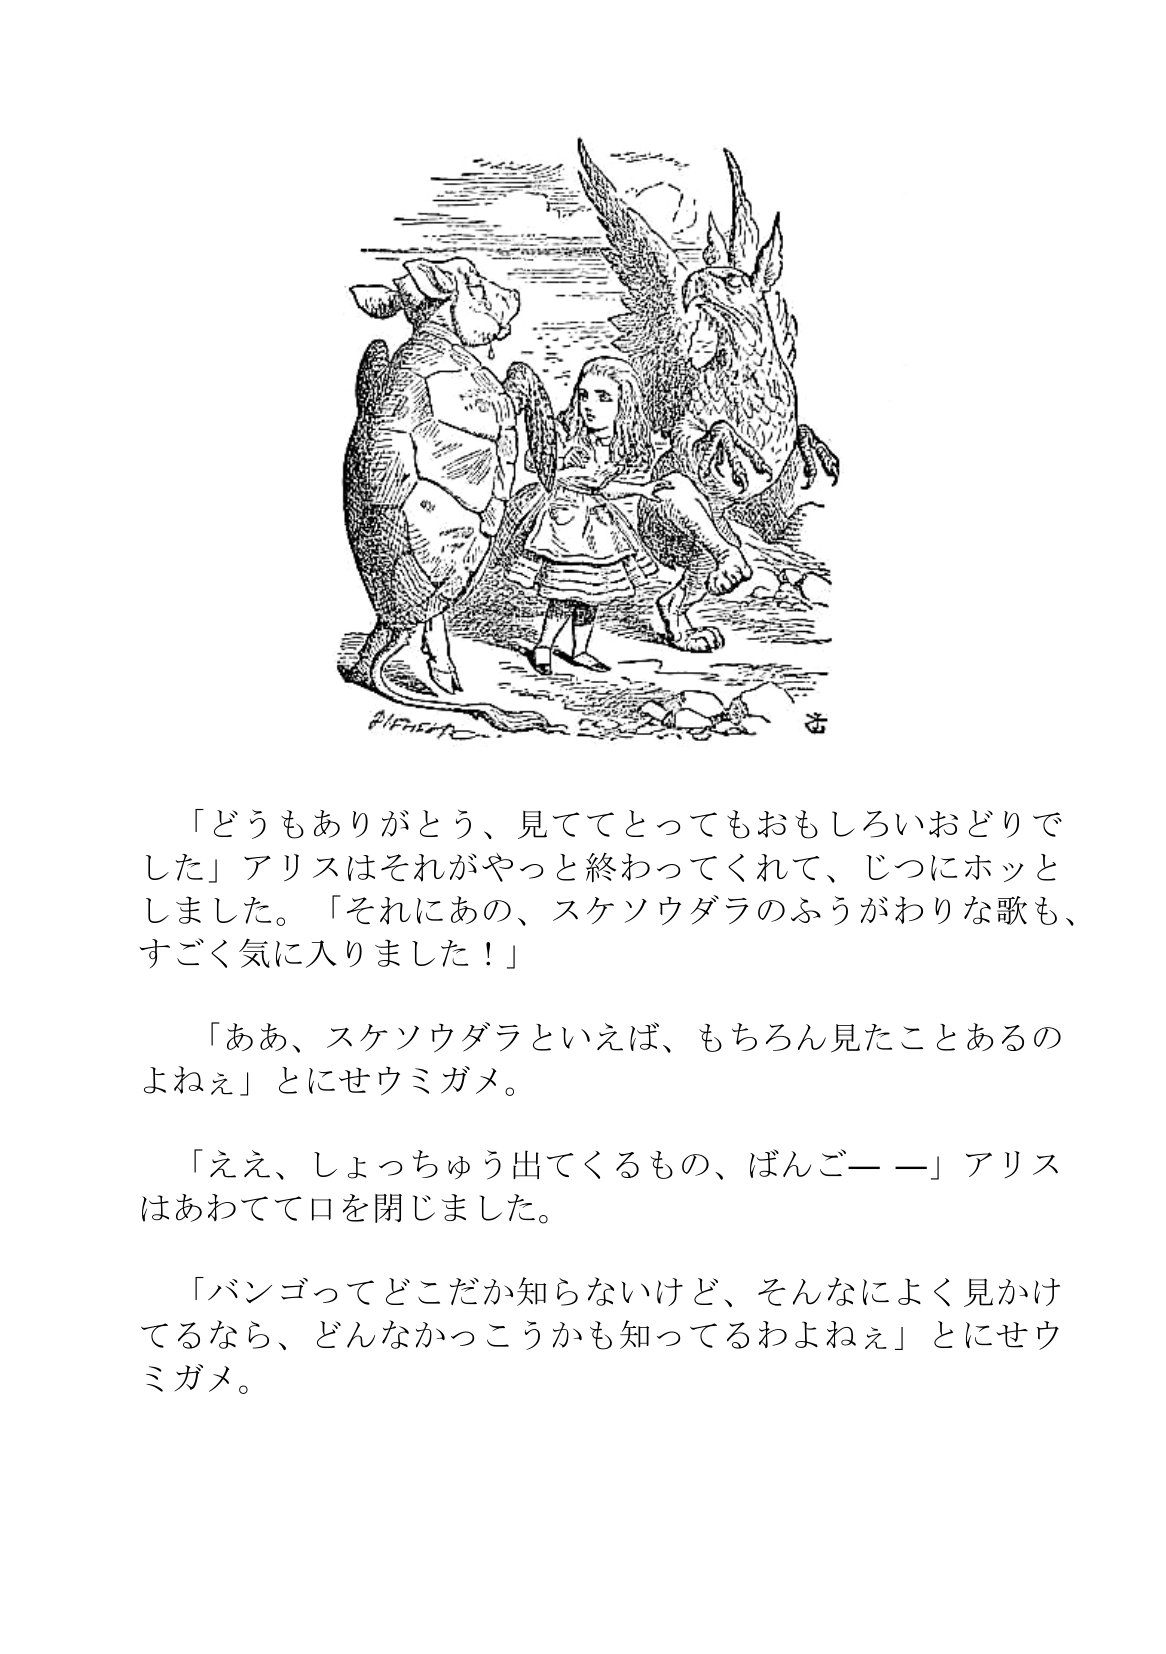
Language: ja